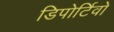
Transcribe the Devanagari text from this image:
डिपोर्टिवो